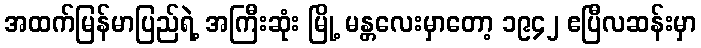
အထက်မြန်မာပြည်ရဲ့ အကြီးဆုံး မြို့ မန္တလေးမှာတော့ ၁၉၄၂ ဧပြီလဆန်းမှာ